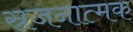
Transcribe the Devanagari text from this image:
स्रजनात्मक